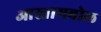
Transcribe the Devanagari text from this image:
आस्तामबोल